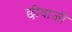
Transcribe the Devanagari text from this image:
छीवाजी